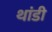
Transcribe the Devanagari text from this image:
थांडी